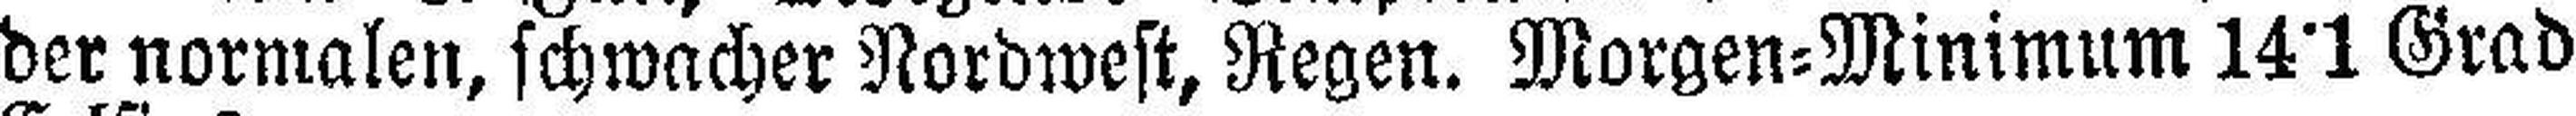
der normalen, schwacher Nordwest, Regen. Morgen=Minimum 14°1 Grad